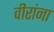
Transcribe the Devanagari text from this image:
वीरांना